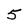
Character: 5